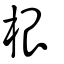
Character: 根